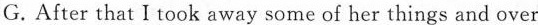
G.After that I took away some of her things and over